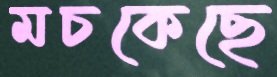
মচকেছে